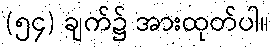
(၅၄) ချက်၌ အားထုတ်ပါ။